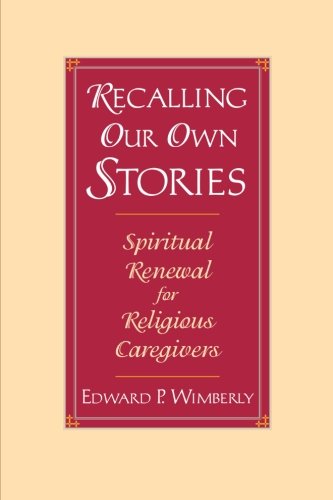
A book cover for Recalling Our Own Stories: Spiritual Renewal for Religious Caregivers; Edward P. Wimberly; Christian Books & Bibles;